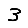
Digit: 3